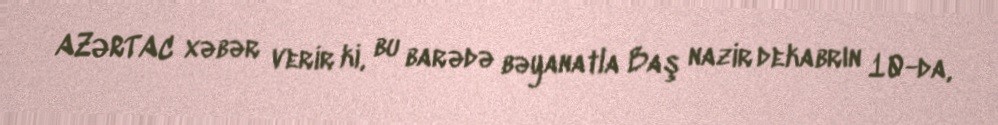
AZƏRTAC xəbər verir ki, bu barədə bəyanatla Baş nazir dekabrın 10-da,